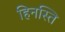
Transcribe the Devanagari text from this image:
हिनस्ति